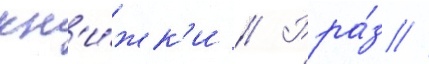
кн'и́жк'и // Рра́з //